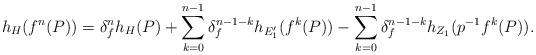
LaTeX: \begin{align*} h_{H}(f^{n}(P))=\delta_{f}^{n}h_{H}(P)+ \sum_{k=0}^{n-1}\delta_{f}^{n-1-k}h_{E'_{1}}(f^{k}(P))-\sum_{k=0}^{n-1}\delta_{f}^{n-1-k}h_{Z_{1}}(p^{-1}f^{k}(P)). \end{align*}